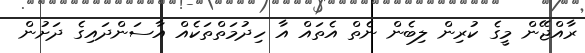
ރާއްޖޭން މީގެ ކުރިން ލިބެން ނެތް އެތައް އާ ހިދުމަތްތަކެއް އާސަންދައިގެ ދަށުން